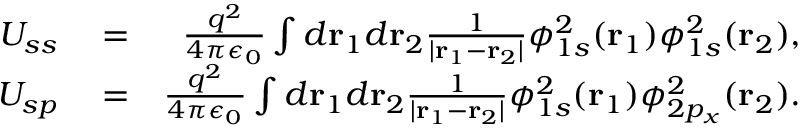
\begin{array} { r l r } { U _ { s s } } & { { } = } & { \frac { q ^ { 2 } } { 4 \pi \epsilon _ { 0 } } \int d { \bf r } _ { 1 } d { \bf r } _ { 2 } \frac { 1 } { | { \bf r } _ { 1 } - { \bf r } _ { 2 } | } \phi _ { 1 s } ^ { 2 } ( { \bf r } _ { 1 } ) \phi _ { 1 s } ^ { 2 } ( { \bf r } _ { 2 } ) , } \\ { U _ { s p } } & { { } = } & { \frac { q ^ { 2 } } { 4 \pi \epsilon _ { 0 } } \int d { \bf r } _ { 1 } d { \bf r } _ { 2 } \frac { 1 } { | { \bf r } _ { 1 } - { \bf r } _ { 2 } | } \phi _ { 1 s } ^ { 2 } ( { \bf r } _ { 1 } ) \phi _ { 2 p _ { x } } ^ { 2 } ( { \bf r } _ { 2 } ) . } \end{array}